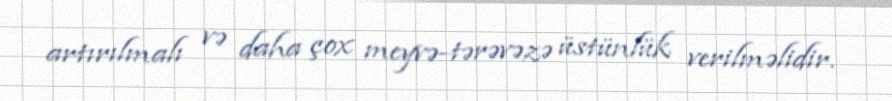
artırılmalı və daha çox meyvə-tərəvəzə üstünlük verilməlidir.